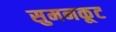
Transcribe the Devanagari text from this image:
सुमनकूट